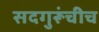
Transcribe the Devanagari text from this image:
सदगुरूंचीच